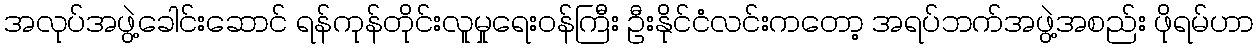
အလုပ်အဖွဲ့ခေါင်းဆောင် ရန်ကုန်တိုင်းလူမှုရေးဝန်ကြီး ဦးနိုင်ငံလင်းကတော့ အရပ်ဘက်အဖွဲ့အစည်း ဖိုရမ်ဟာ